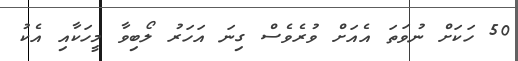
50 ހަކަށް ނުވަތަ އެއަށް ވުރެވެސް ގިނަ އަހަރު ލޯބިވާ މީހަކާއި އެކު